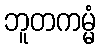
ဘူတကမ္မံ